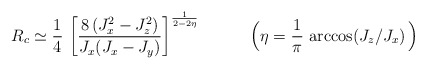
\begin{align*} R_c\simeq \frac{1}{4}\ \bigg[ \frac{8\, ( J^2_x-J_z^2)}{J_x(J_x-J_y)}\bigg]^{\frac{1}{2-2\eta}}\, \quad\qquad \Big(\eta=\frac{1}{\pi}\, \arccos(J_z/J_x)\, \Big)\end{align*}